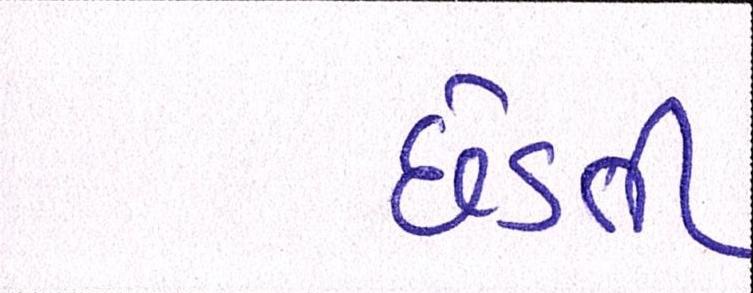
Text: છેડતી